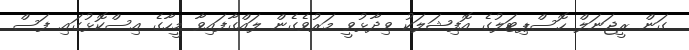
ގަން ރީޖަނަލް ހޮސްޕިޓަލުގެ އޮފިޝަލަކު ވިދާޅުވީ މަރުވެގެން ލައްގާފައިވާ މީހާގެ އިސްކޮޅުގައި ފަސް